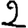
Digit: 2